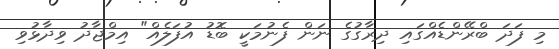
މި ފަދަ ބްރޭންޑެއްގައި ދިރާގުގެ ނަން ފެނުމަކީ ބޮޑު އުފަލެއް" އިމްޖާދު ވިދާޅުވި